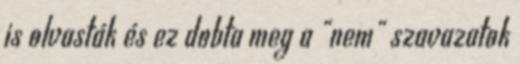
is olvasták és ez dobta meg a "nem" szavazatok